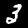
Label: 3